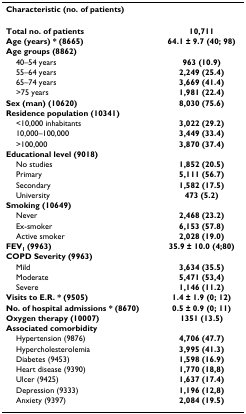
<table><thead><tr><td><b>Characteristic (no. of patients)</b></td><td></td></tr></thead><tbody><tr><td><b>Total no. of patients</b></td><td><b>10,711</b></td></tr><tr><td><b>Age (years) * (8665)</b></td><td><b>64.1 ± 9.7 (40; 98)</b></td></tr><tr><td><b>Age groups (8862)</b></td><td></td></tr><tr><td> 40–54 years</td><td><b>963 (10.9)</b></td></tr><tr><td> 55–64 years</td><td><b>2,249 (25.4)</b></td></tr><tr><td> 65–74 years</td><td><b>3,669 (41.4)</b></td></tr><tr><td> &gt;75 years</td><td><b>1,981 (22.4)</b></td></tr><tr><td><b>Sex (man) (10620)</b></td><td><b>8,030 (75.6)</b></td></tr><tr><td><b>Residence population (10341)</b></td><td></td></tr><tr><td> &lt;10,000 inhabitants</td><td><b>3,022 (29.2)</b></td></tr><tr><td> 10,000–100,000</td><td><b>3,449 (33.4)</b></td></tr><tr><td> &gt;100,000</td><td><b>3,870 (37.4)</b></td></tr><tr><td><b>Educational level (9018)</b></td><td></td></tr><tr><td> No studies</td><td><b>1,852 (20.5)</b></td></tr><tr><td> Primary</td><td><b>5,111 (56.7)</b></td></tr><tr><td> Secondary</td><td><b>1,582 (17.5)</b></td></tr><tr><td> University</td><td><b>473 (5.2)</b></td></tr><tr><td><b>Smoking (10649)</b></td><td></td></tr><tr><td> Never</td><td><b>2,468 (23.2)</b></td></tr><tr><td> Ex-smoker</td><td><b>6,153 (57.8)</b></td></tr><tr><td> Active smoker</td><td><b>2,028 (19.0)</b></td></tr><tr><td><b>FEV<sub>1 </sub>(9963)</b></td><td><b>35.9 ± 10.0 (4;80)</b></td></tr><tr><td><b>COPD Severity (9963)</b></td><td></td></tr><tr><td> Mild</td><td><b>3,634 (35.5)</b></td></tr><tr><td> Moderate</td><td><b>5,471 (53,4)</b></td></tr><tr><td> Severe</td><td><b>1,146 (11.2)</b></td></tr><tr><td><b>Visits to E.R. * (9505)</b></td><td><b>1.4 ± 1.9 (0; 12)</b></td></tr><tr><td><b>No. of hospital admissions * (8670)</b></td><td><b>0.5 ± 0.9 (0; 11)</b></td></tr><tr><td><b>Oxygen therapy (10007)</b></td><td><b>1351 (13.5)</b></td></tr><tr><td><b>Associated comorbidity</b></td><td></td></tr><tr><td> Hypertension (9876)</td><td><b>4,706 (47.7)</b></td></tr><tr><td> Hypercholesterolemia</td><td><b>3,995 (41.3)</b></td></tr><tr><td> Diabetes (9453)</td><td><b>1,598 (16.9)</b></td></tr><tr><td> Heart disease (9390)</td><td><b>1,770 (18,8)</b></td></tr><tr><td> Ulcer (9425)</td><td><b>1,637 (17.4)</b></td></tr><tr><td> Depression (9333)</td><td><b>1,196 (12,8)</b></td></tr><tr><td> Anxiety (9397)</td><td><b>2,084 (19.5)</b></td></tr></tbody></table>